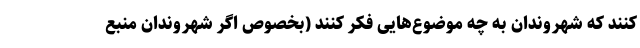
کنند که شهروندان به چه موضوع‌هایی فکر کنند (بخصوص اگر شهروندان منبع